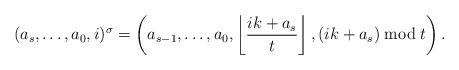
LaTeX: \begin{align*}(a_s,\ldots,a_0,i)^{\sigma}=\left(a_{s-1},\ldots,a_0,\left\lfloor \frac{ik+a_s}{t}\right\rfloor, (ik+a_s)\bmod{t}\right).\end{align*}